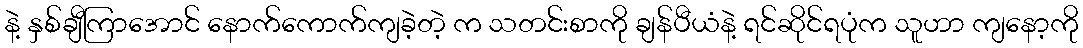
နဲ့ နှစ်ချီကြာအောင် နောက်ကောက်ကျခဲ့တဲ့ က သတင်းစာကို ချန်ပီယံနဲ့ ရင်ဆိုင်ရပုံက သူဟာ ကျနော့ကို